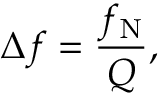
\Delta f = { \frac { f _ { \mathrm { N } } } { Q } } ,